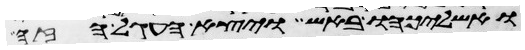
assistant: ואשליכהו באש ויצא העגל הזה